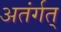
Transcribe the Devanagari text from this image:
अतंर्गत्